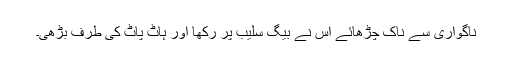
ناگواری سے ناک چڑھائے اس نے بیگ سلیب پر رکھا اور ہاٹ پاٹ کی طرف بڑھی۔